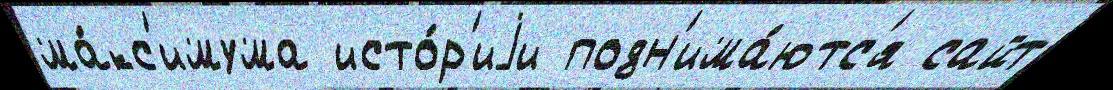
ма́кс'имума исто́р'иjи подн'има́ютс'я сайт